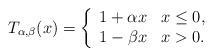
LaTeX: \begin{align*}T_{\alpha, \beta} (x) = \left\{ \begin{array}{ll} 1 + \alpha x & x \leq 0, \\ 1 - \beta x & x > 0. \end{array} \right.\end{align*}